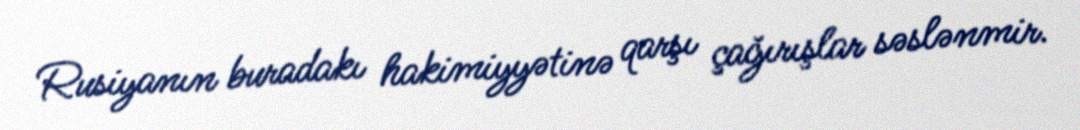
Rusiyanın buradakı hakimiyyətinə qarşı çağırışlar səslənmir.